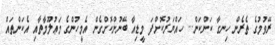
ރޭވުމުގެ ތެރެން ހިނގާ ކަންކަން... ހައްޔަރުކޮށްފަ މީޑިއާ ބޭނުންކޮށްގެން އެމީހުންގެ މަޢުލޫމާތާއި އެކަންތައް